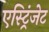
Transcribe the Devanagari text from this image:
एस्ट्रिंजेट